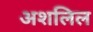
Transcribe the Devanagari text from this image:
अशलिल